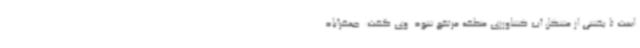
است تا بخشی از مشکل آب کشاورزی منطقه مرتفع شود. وی گفت: جعفرآباد